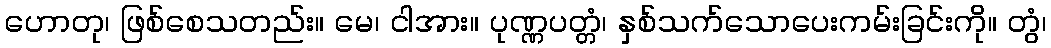
ဟောတု၊ ဖြစ်စေသတည်း။ မေ၊ ငါအား။ ပုဏ္ဏပတ္တံ၊ နှစ်သက်သောပေးကမ်းခြင်းကို။ တွံ၊